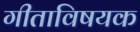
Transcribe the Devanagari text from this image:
गीताविषयक